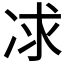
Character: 𠗈